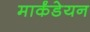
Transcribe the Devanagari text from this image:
मार्कंडेयन